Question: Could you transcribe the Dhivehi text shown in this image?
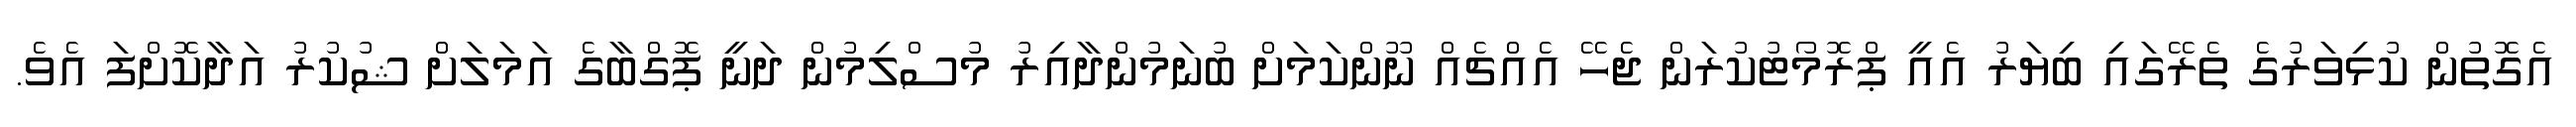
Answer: އެގޮތުން ކުޅިވަރުގެ ތެރޭގައި ބިޔަރު އެއީ ޕްރޮމޯޓުކުރަން ޖެހޭ އެއްޗެއް ނޫންކަމަށް ބުނަމުންދާއިރު މުސްލިމުން ދަނީ ޕޮގްބާގެ އަމަލަށް ޝުކުރު އަދާކޮށްފަ އެވެ.